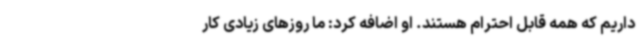
داریم که همه قابل احترام هستند. او اضافه کرد: ما روزهای زیادی کار